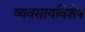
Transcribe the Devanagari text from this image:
व्यवसायविशेष